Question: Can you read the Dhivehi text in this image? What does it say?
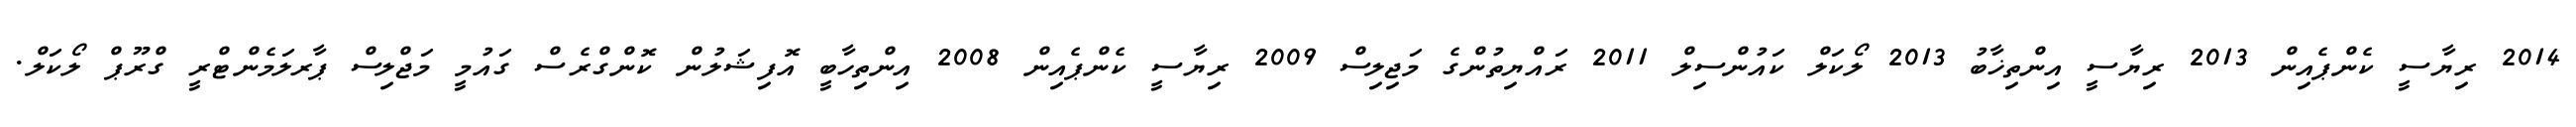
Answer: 2014 ރިޔާސީ ކެންޕެއިން 2013 ރިޔާސީ އިންތިޚާބު 2013 ލޯކަލް ކައުންސިލް 2011 ރައްޔިތުންގެ މަޖިލިސް 2009 ރިޔާސީ ކެންޕެއިން 2008 އިންތިހާބީ އޮފިޝަލުން ކޮންގްރެސް ގައުމީ މަޖްލިސް ޕާރލަމެންޓްރީ ގްރޫޕް ލޯކަލް.